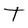
Character: T